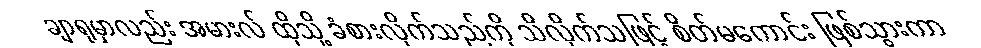
ချာရုမှာလည်း အမားလ် ထိုသို့ ခံစားလိုက်သည်ကို သိလိုက်သဖြင့် စိတ်မကောင်း ဖြစ်သွားကာ